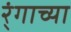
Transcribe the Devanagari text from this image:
र्ंगाच्या